Annual report of the Punjab Veterinary College and of the Civil Veterinary Department, Punjab - 1909-1919
Year: 1909
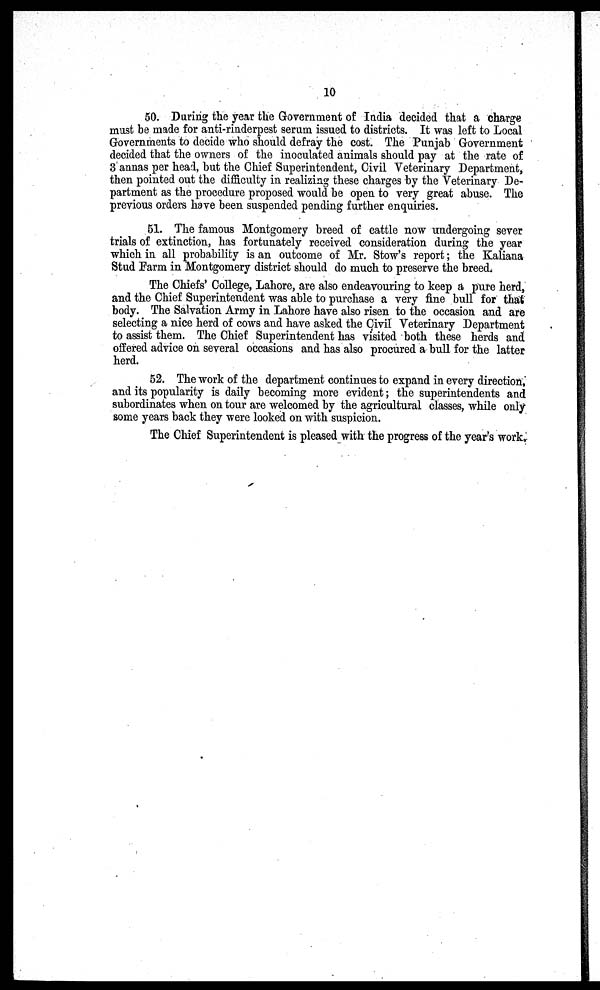
10
50. During the year the Government of India decided that a charge
must be made for anti-rinderpest serum issued to districts. It was left to Local
Governments to decide who should defray the cost. The Punjab Government
decided that the owners of the inoculated animals should pay at the rate of
3 annas per head, but the Chief Superintendent, Civil Veterinary Department,
then pointed out the difficulty in realizing these charges by the Veterinary De-
partment as the procedure proposed would be open to very great abuse. The
previous orders have been suspended pending further enquiries.
51. The famous Montgomery breed of cattle now undergoing sever
trials of extinction, has fortunately received consideration during the year
which in all probability is an outcome of Mr. Stow's report; the Kaliana
Stud Farm in Montgomery district should do much to preserve the breed.
The Chiefs' College, Lahore, are also endeavouring to keep a pure herd,
and the Chief Superintendent was able to purchase a very fine bull for that
body. The Salvation Army in Lahore have also risen to the occasion and are
selecting a nice herd of cows and have asked the Civil Veterinary Department
to assist them. The Chief Superintendent has visited both these herds and
offered advice on several occasions and has also procured a bull for the latter
herd.
52. The work of the department continues to expand in every direction,
and its popularity is daily becoming more evident; the superintendents and
subordinates when on tour are welcomed by the agricultural classes, while only
some years back they were looked on with suspicion.
The Chief Superintendent is pleased with the progress of the year's work.